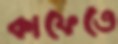
কাফেতে